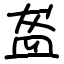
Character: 盋